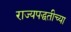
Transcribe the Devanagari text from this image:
राज्यपद्धतीच्या